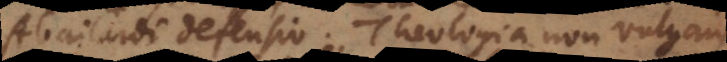
Abailardi defensio. Theologia non vulgaris